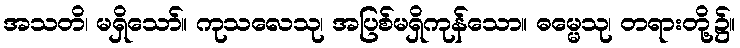
အသတိ၊ မရှိသော်။ ကုသလေသု၊ အပြစ်မရှိကုန်သော။ ဓမ္မေသု၊ တရားတို့၌။